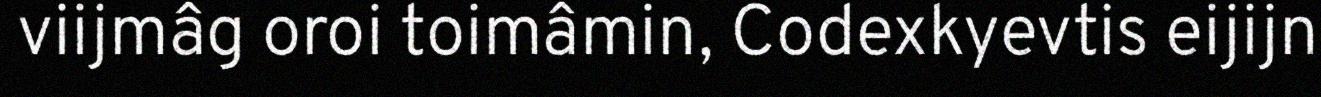
viijmâg oroi toimâmin, Codexkyevtis eijijn